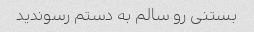
بستنی رو سالم به دستم رسوندید